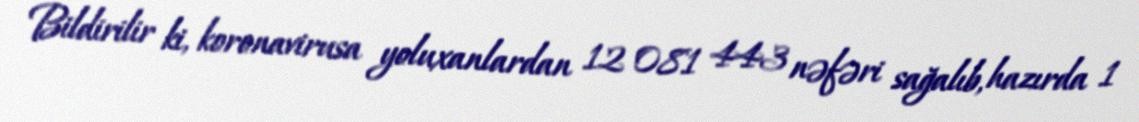
Bildirilir ki, koronavirusa yoluxanlardan 12 081 443 nəfəri sağalıb, hazırda 1